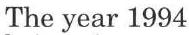
The year 1994